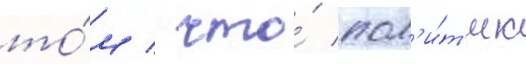
то́м / что́ пол'и́т'ик